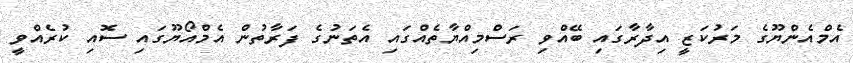
އެމްއެންޔޫގެ މަރުކަޒީ އިދާރާގައި ބޭއްވި ރަސްމިއްޔާތެއްގައި އެތަނުގެ ފަރާތުން އެމްއޯޔޫގައި ސޮއި ކުރެއްވީ